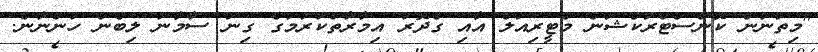
"މިތަނުން ކޮންސްޓްރަކްޝަން މެޓީރިއަލް އާއި ގެދޮރު އިމާރާތްކުރުމުގެ ގިނަ ސާމާނު ލިބެން ހުންނާނެ.